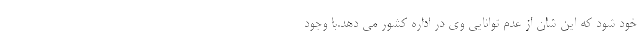
خود شود که این شان از عدم توانایی وی در اداره کشور می دهد.با وجود